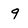
Character: 9